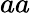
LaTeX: aa